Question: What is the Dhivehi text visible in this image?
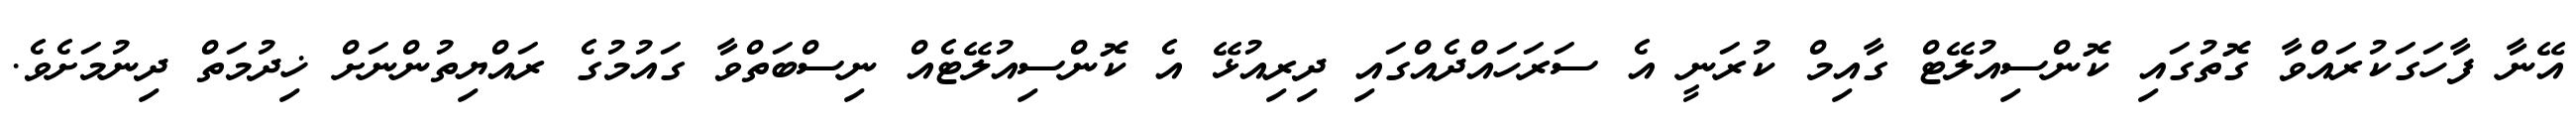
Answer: އޭނާ ފާހަގަކުރައްވާ ގޮތުގައި ކޮންސިއުލޭޓް ގާއިމް ކުރަނީ އެ ސަރަހައްދެއްގައި ދިރިއުޅޭ އެ ކޮންސިއުލޭޓެއް ނިސްބަތްވާ ގައުމުގެ ރައްޔިތުންނަށް ޚިދުމަތް ދިނުމަށެވެ.